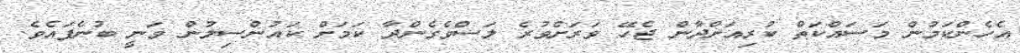
އެހެންކަމުން މަސައްކަތް ކުރިއަށްދާން ޖެހޭ ވަރަށްވުރެ ލަސްވެގެންދާ ކަމަށް ކައުންސިލުން ވަނީ ބުނެފައެވެ.